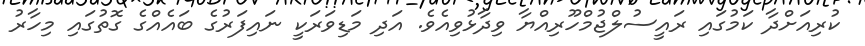
ކުރިއަށްދާ ކަމުގައި ރައީސުލްޖުމްހޫރިއްޔާ ވިދާޅުވިއެވެ. އަދި މަޑިވަރަކީ ނައިފަރުގެ ބައެއްގެ ގޮތުގައި މިހާރު